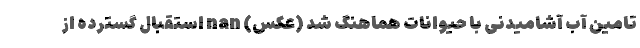
تامین آب آشامیدنی با حیوانات هماهنگ شد (عکس) nan استقبال گسترده از